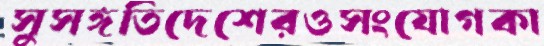
সুসঙ্গতিদেশেরওসংযোগকা